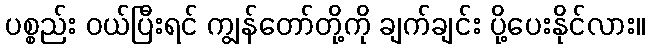
ပစ္စည်း ဝယ်ပြီးရင် ကျွန်တော်တို့ကို ချက်ချင်း ပို့ပေးနိုင်လား။